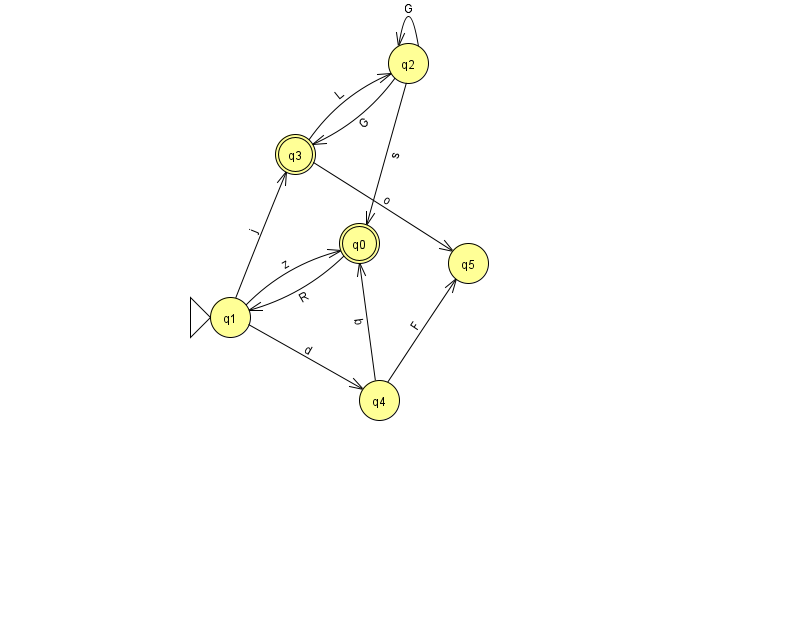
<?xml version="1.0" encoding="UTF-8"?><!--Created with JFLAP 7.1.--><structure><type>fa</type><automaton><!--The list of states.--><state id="0" name="q0"><x>359.0</x><y>230.0</y><final/></state><state id="1" name="q1"><x>230.0</x><y>304.0</y><initial/></state><state id="2" name="q2"><x>408.0</x><y>50.0</y></state><state id="3" name="q3"><x>295.0</x><y>141.0</y><final/></state><state id="4" name="q4"><x>379.0</x><y>387.0</y></state><state id="5" name="q5"><x>468.0</x><y>250.0</y></state><!--The list of transitions.--><transition><from>3</from><to>2</to><read>L</read></transition><transition><from>1</from><to>4</to><read>d</read></transition><transition><from>1</from><to>0</to><read>z</read></transition><transition><from>3</from><to>5</to><read>o</read></transition><transition><from>1</from><to>3</to><read>j</read></transition><transition><from>2</from><to>2</to><read>G</read></transition><transition><from>4</from><to>5</to><read>F</read></transition><transition><from>2</from><to>0</to><read>s</read></transition><transition><from>0</from><to>1</to><read>R</read></transition><transition><from>2</from><to>3</to><read>G</read></transition><transition><from>4</from><to>0</to><read>b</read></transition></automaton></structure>